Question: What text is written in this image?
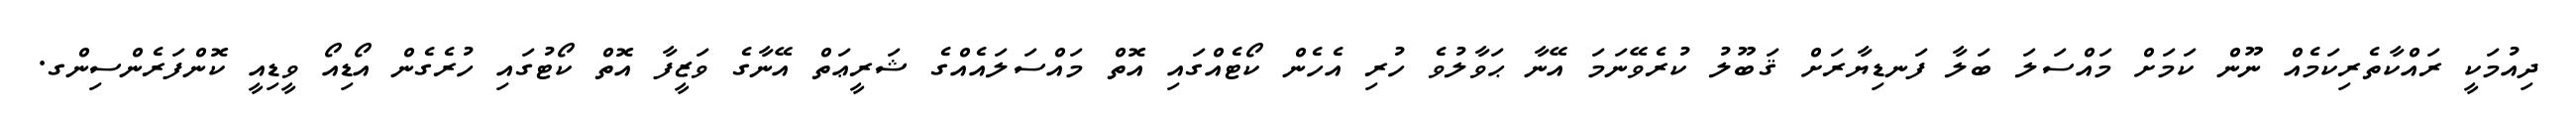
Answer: ދިއުމަކީ ރައްކާތެރިކަމެއް ނޫން ކަމަށް މައްސަލަ ބަލާ ފަނޑިޔާރަށް ޤަބޫލު ކުރެވޭނަމަ އޭނާ ޙަވާލުވެ ހުރި އެހެން ކޯޓެއްގައި އޮތް މައްސަލައެއްގެ ޝަރީޢަތް އޭނާގެ ވަޒީފާ އޮތް ކޯޓުގައި ހުރެގެން އޯޑިއޯ ވީޑިއީ ކޮންފަރެންސިންގ.